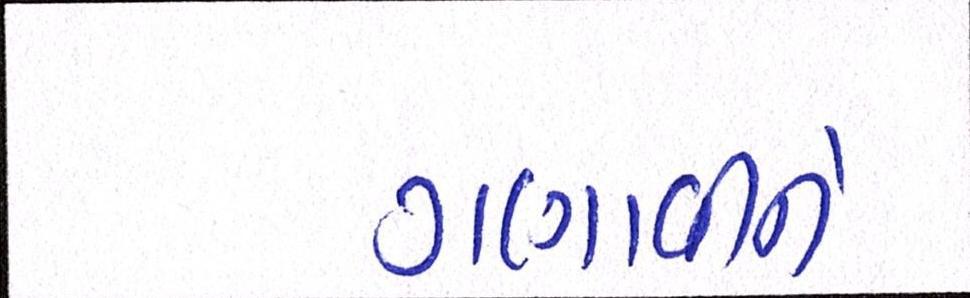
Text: ગણાવીને